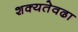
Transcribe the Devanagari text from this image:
शक्यतेवढा